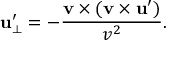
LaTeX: \mathbf { u } _ { \perp } ^ { \prime } = - { \frac { \mathbf { v } \times ( \mathbf { v } \times \mathbf { u } ^ { \prime } ) } { v ^ { 2 } } } .